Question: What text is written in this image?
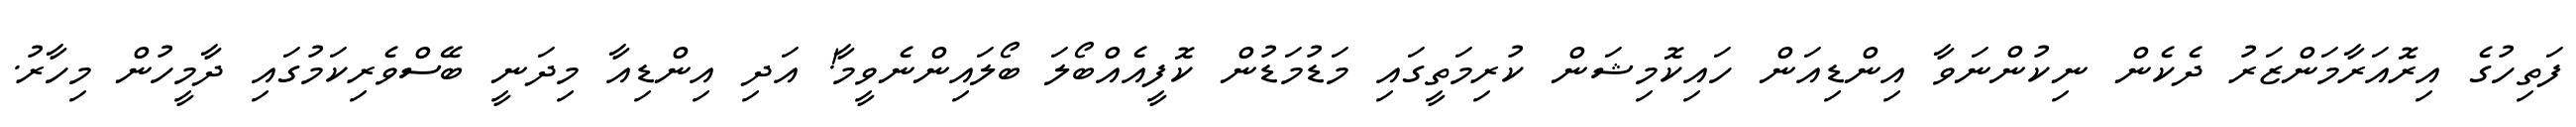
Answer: ފަތިހުގެ އިރޮއަރާމަންޒަރު ދެކެން ނިކުންނަވާ އިންޑިއަން ހައިކޮމިޝަން ކުރިމަތީގައި މަޑުމަޑުން ކޮފީއެއްބޯލަ ބޯލައިންނެވީމާ! އަދި އިންޑިއާ މިދަނީ ބޭސްވެރިކަމުގައި ދާމީހުން މިހާރު.